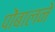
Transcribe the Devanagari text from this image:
पोंबालने